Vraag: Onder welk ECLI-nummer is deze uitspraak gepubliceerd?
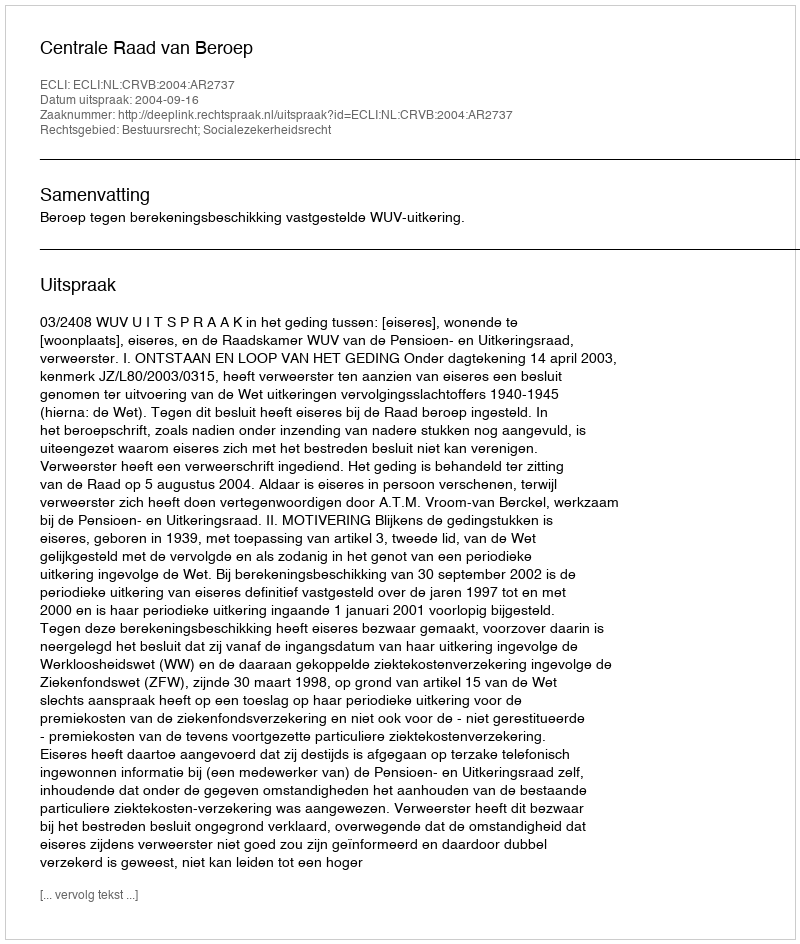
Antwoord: ECLI:NL:CRVB:2004:AR2737